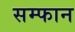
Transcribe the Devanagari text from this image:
सम्फान